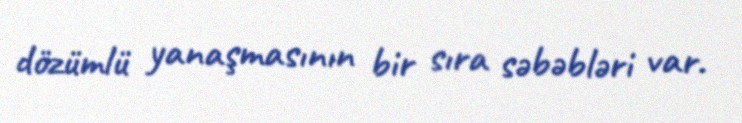
dözümlü yanaşmasının bir sıra səbəbləri var.